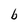
Character: b